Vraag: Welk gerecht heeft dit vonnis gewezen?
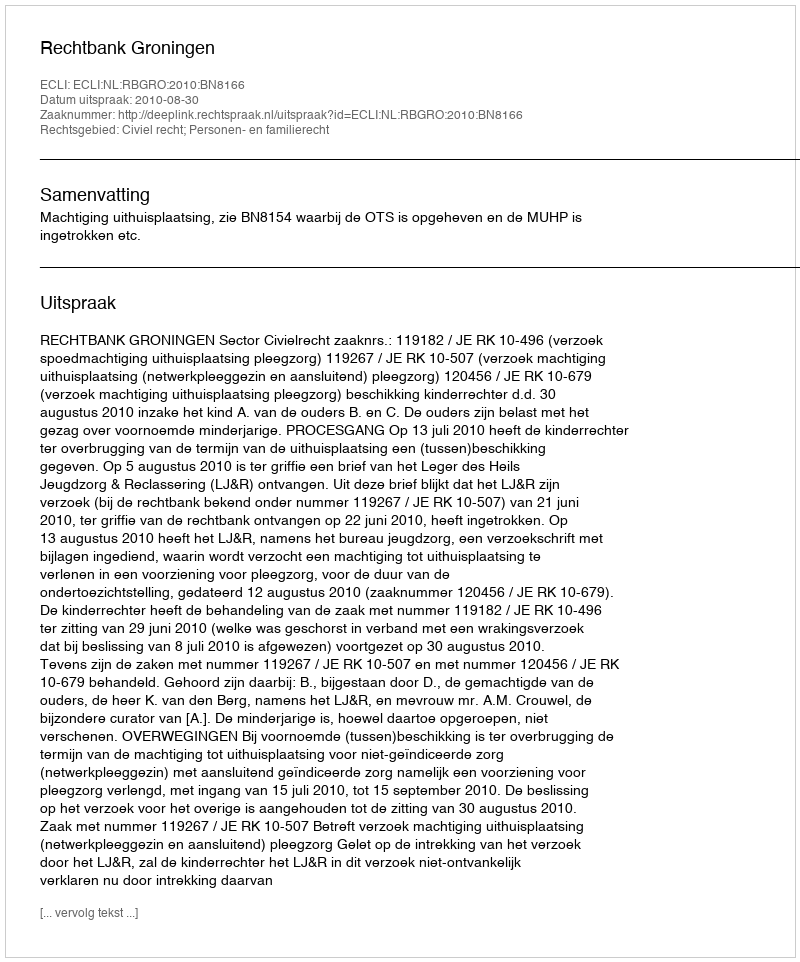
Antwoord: Rechtbank Groningen